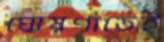
ঘোষণাতেই